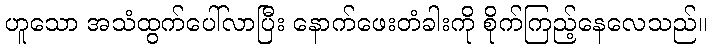
ဟူသော အသံထွက်ပေါ်လာပြီး နောက်ဖေးတံခါးကို စိုက်ကြည့်နေလေသည်။